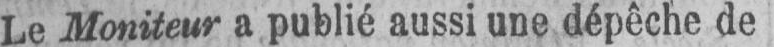
Le Moniteur a publié aussi une dépêche de